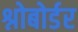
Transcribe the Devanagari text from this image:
श्नोबोर्डर